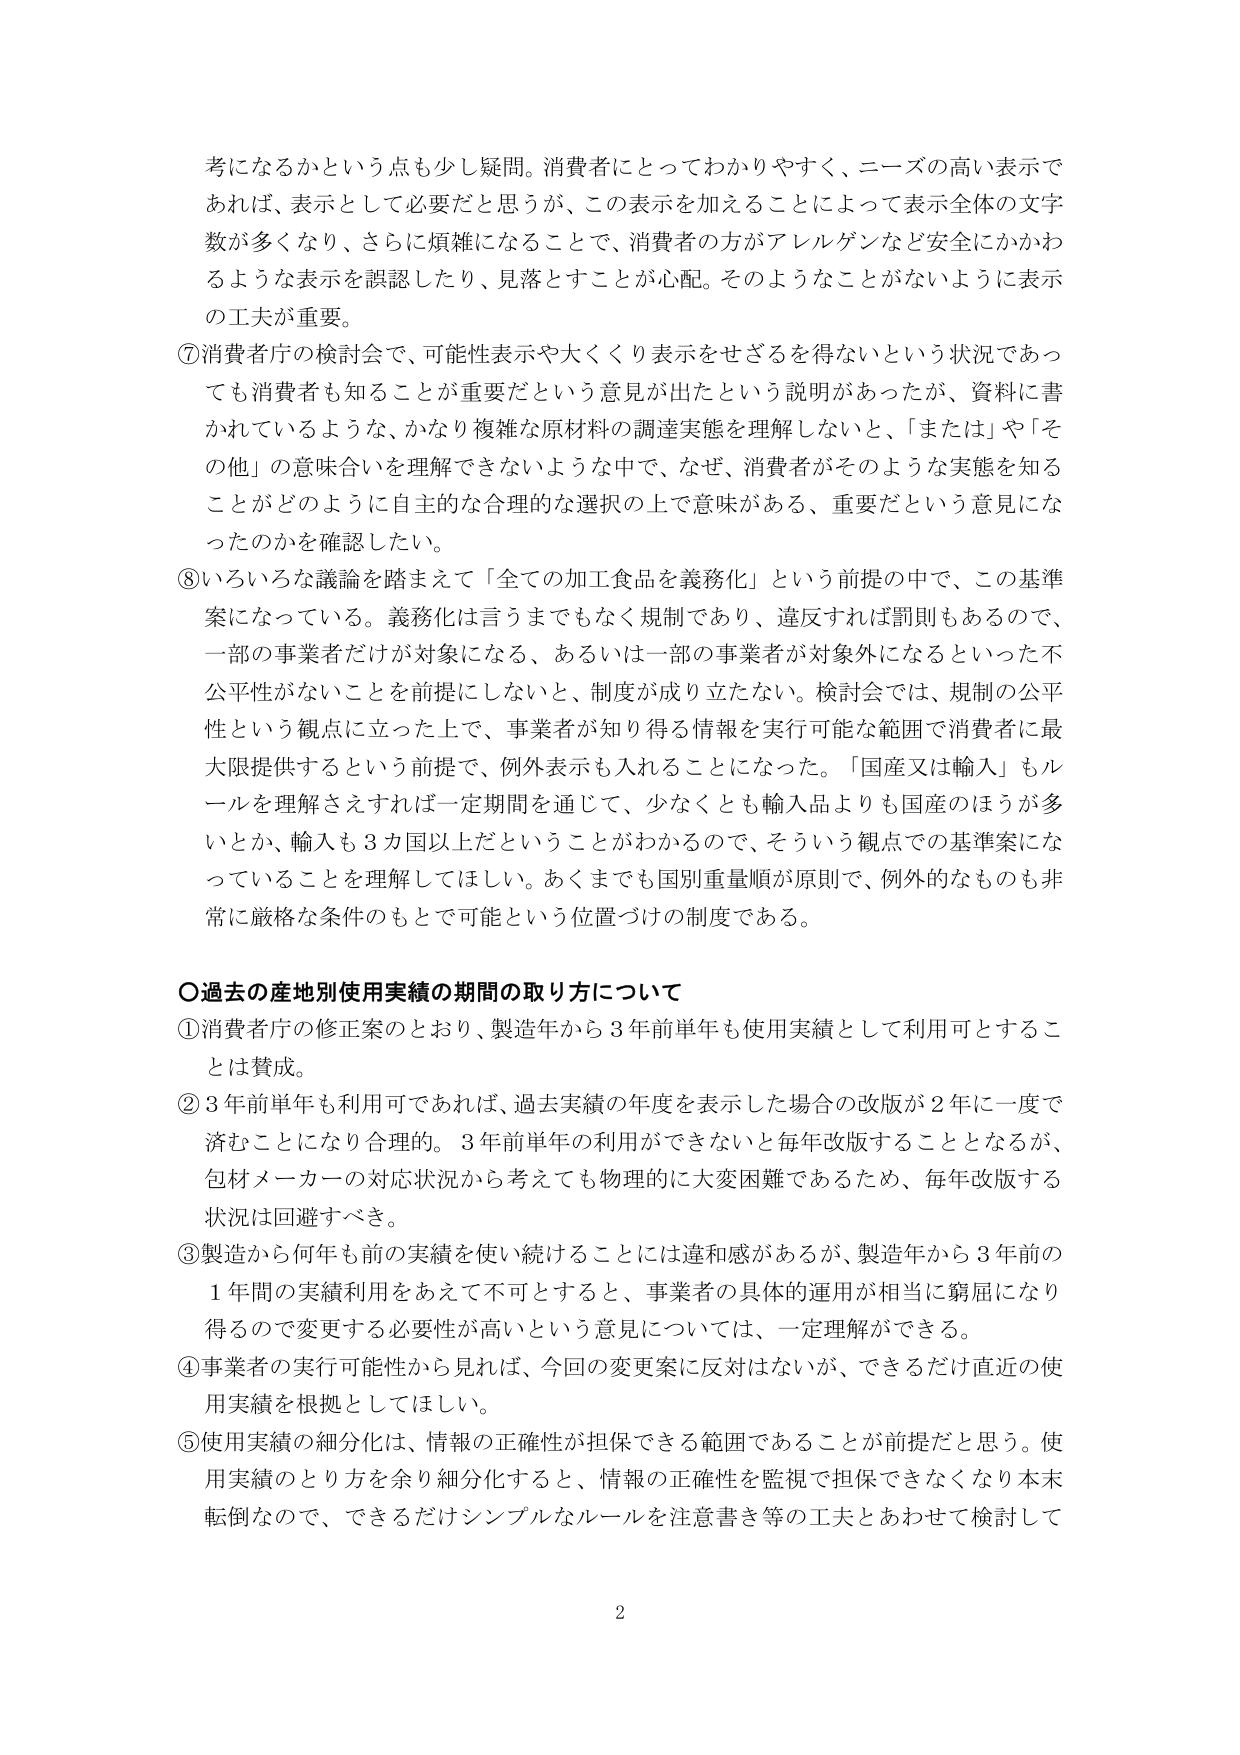
考になるかという点も少し疑問。消費者にとってわかりやすく、ニーズの高い表示であれば、表示として必要だと思うが、この表示を加えることによって表示全体の文字数が多くなり、さらに煩雑になることで、消費者の方がアレルゲンなど安全にかかわるような表示を誤認したり、見落とすことが心配。そのようなことがないように表示の工夫が重要。

⑦消費者庁の検討会で、可能性表示や大きく表示をせざるを得ないという状況であっても消費者も知ることが重要だという意見が出たという説明があったが、資料に書かれているような、かなり複雑な原材料の調達実態を理解しないと、「または」や「その他」の意味合いを理解できないような中で、なぜ、消費者がそのような実態を知ることがどのように自主的な合理的な選択の上で意味がある、重要だという意見になったのかを確認したい。

⑧いろいろな議論を踏まえて「全ての加工食品を義務化」という前提の中で、この基準案になっている。義務化は言うまでもなく規制であり、違反すれば罰則もあるので、一部の事業者だけが対象になる、あるいは一部の事業者が対象外になるといった不公平性がないことを前提にしないと、制度が成り立たない。検討会では、規制の公平性という観点に立った上で、事業者が知り得る情報を実行可能な範囲で消費者に最大限提供するという前提で、例外表示も入れることになった。「国産又は輸入」もルールを理解さえすれば一定期間を通じて、少なくとも輸入品よりも国産のほうが多いたか、輸入も3カ国以上だということがわかるので、そういう観点での基準案になっていることを理解してほしい。あくまでも国別重量順が原則で、例外的なものも非常に厳格な条件のもとで可能という位置づけの制度である。

○過去の産地別使用実績の期間の取り方について

①消費者庁の修正案のとおり、製造年から3年前単年も使用実績として利用可とすることは賛成。

②3年前単年も利用可であれば、過去実績の年度を表示した場合の改版が2年に一度で済むことになり合理的。3年前単年の利用ができないと毎年改版することとなるが、包材メーカーの対応状況から考えても物理的に大変困難であるため、毎年改版する状況は回避すべき。

③製造から何年も前の実績を使い続けることには違和感があるが、製造年から3年前の1年間の実績利用をあえて不可とすると、事業者の具体的運用が相当に窮屈になり得るので変更する必要性が高いという意見については、一定理解ができる。

④事業者の実行可能性から見れば、今回の変更案に反対はないが、できるだけ直近の使用実績を根拠としてほしい。

⑤使用実績の細分化は、情報の正確性が担保できる範囲であることが前提だと思う。使用実績のとり方を余り細分化すると、情報の正確性を監視で担保できなくなり本末転倒なので、できるだけシンプルなルールを注意書き等の工夫とあわせて検討して

2